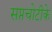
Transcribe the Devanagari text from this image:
सप्तचोटीके